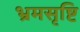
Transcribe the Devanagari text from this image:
भ्रमसृष्टि